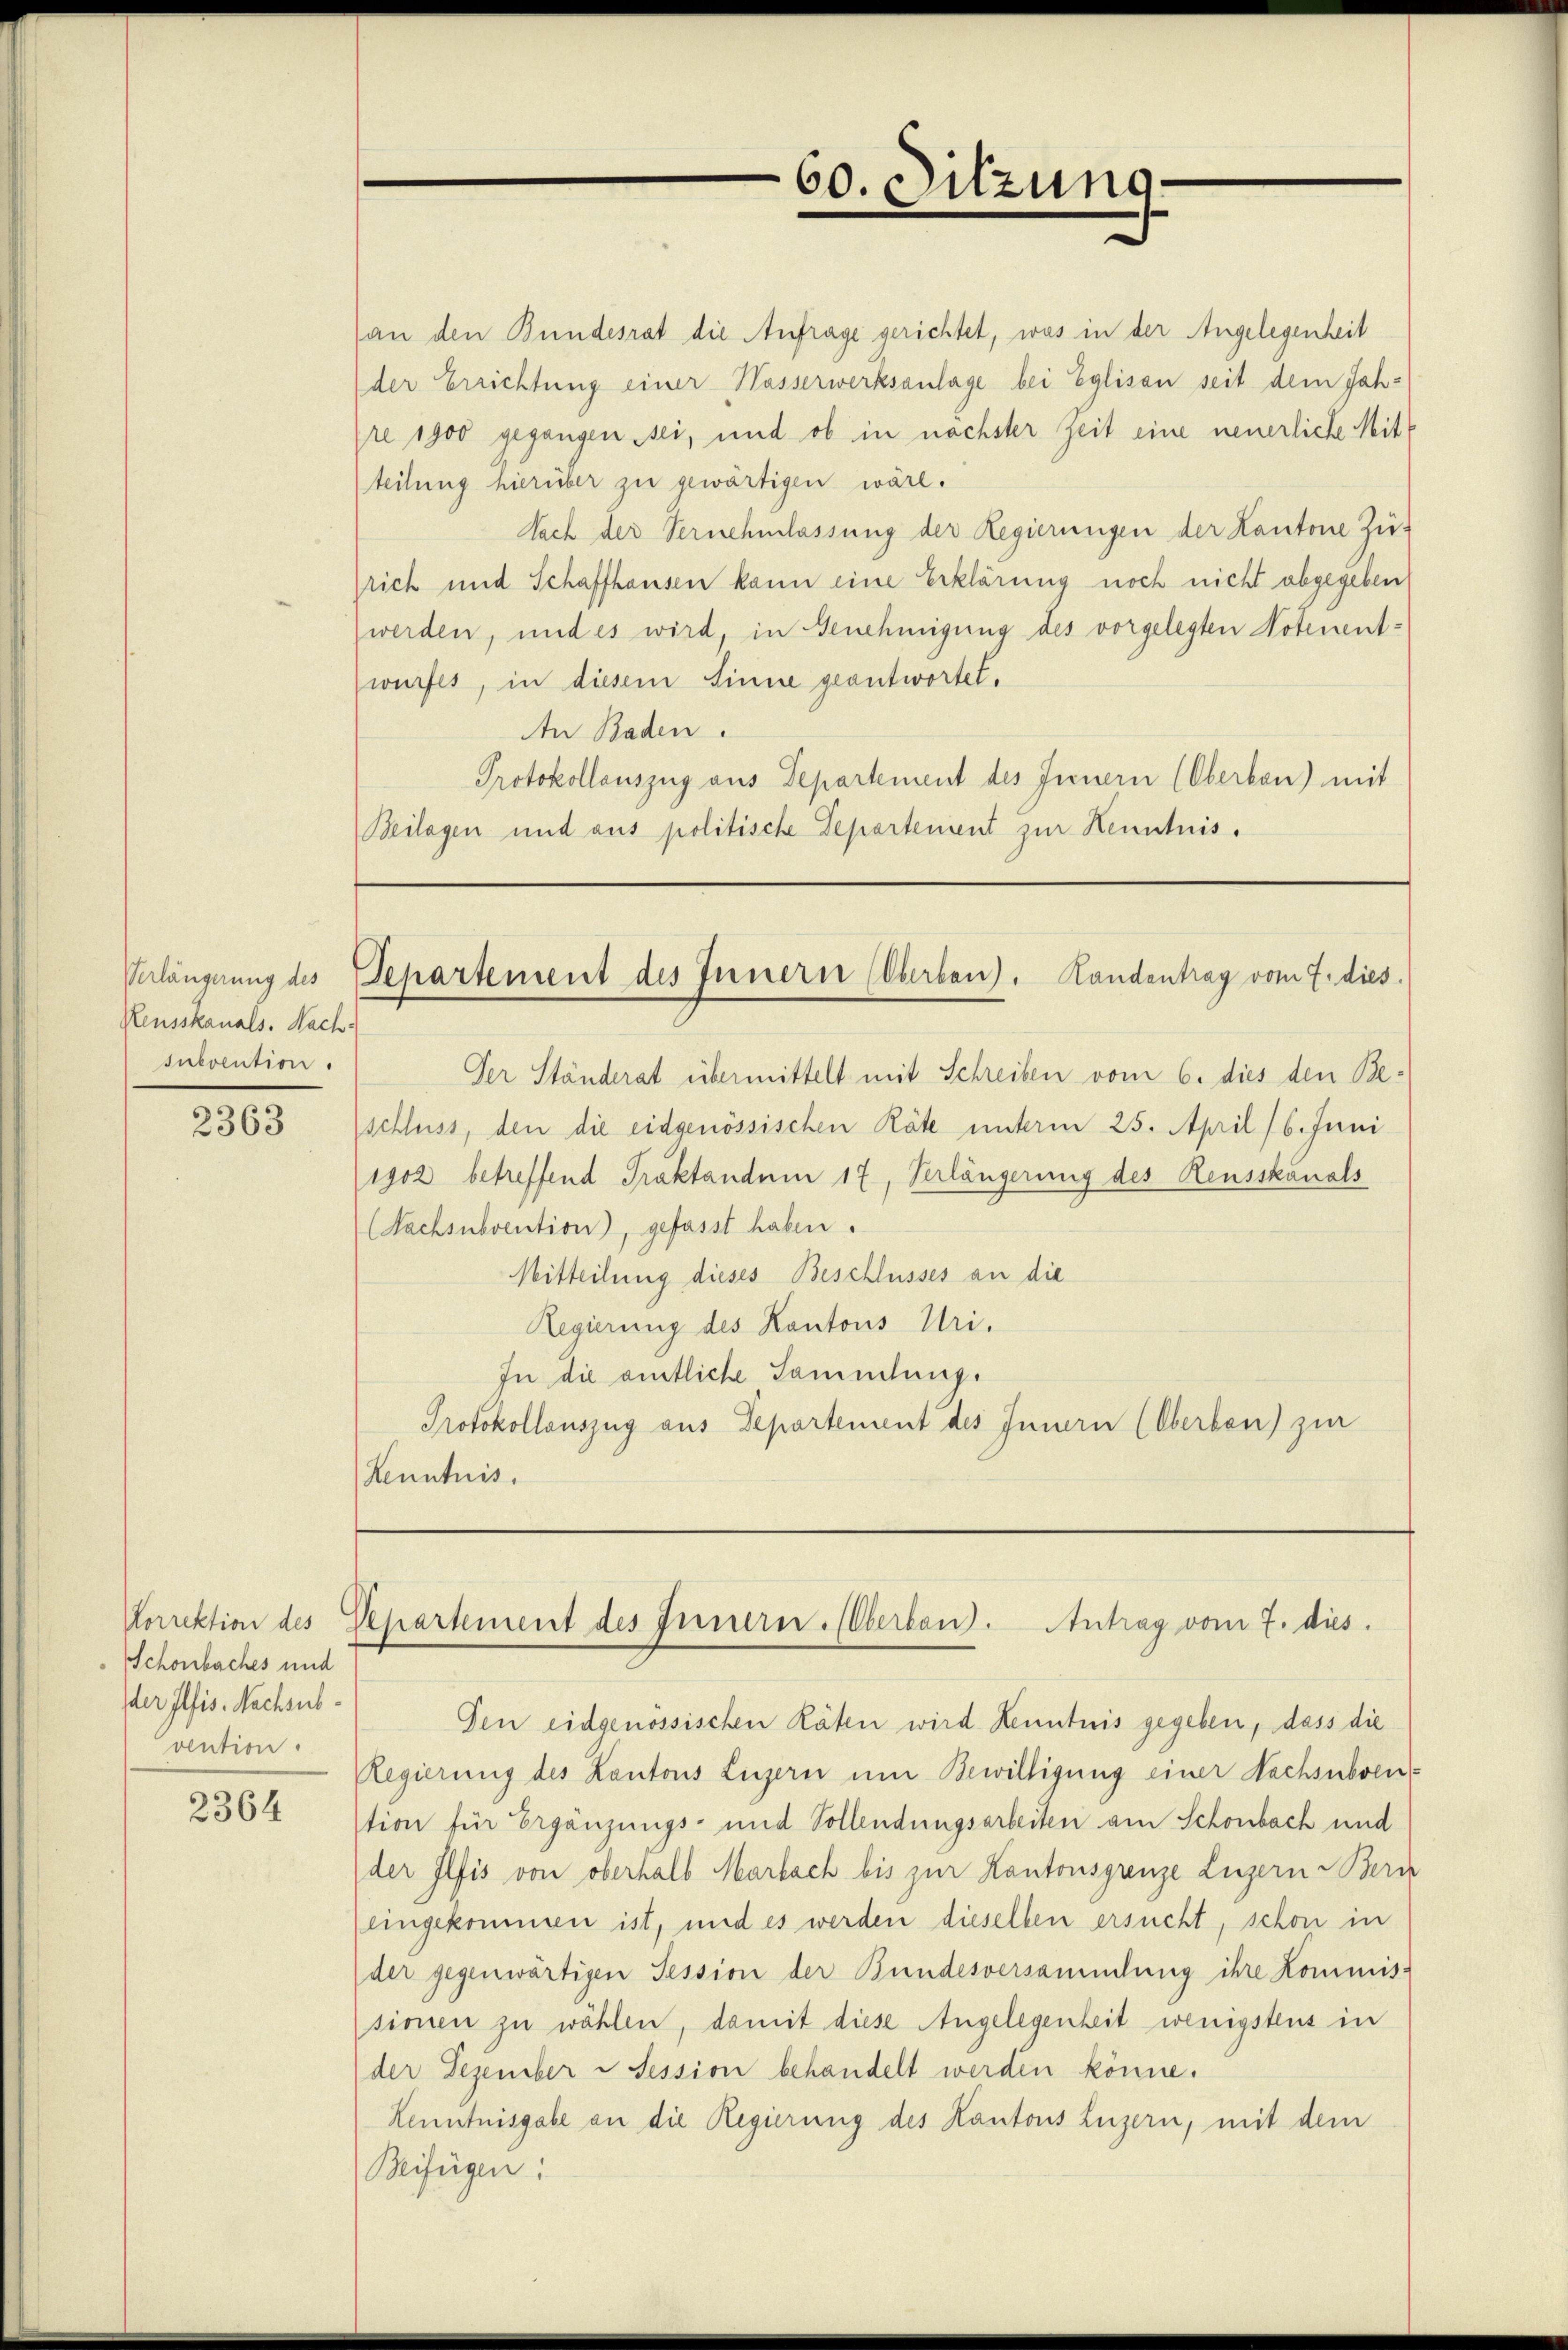
Verlängerung des
Reusskanals. Nach
subvention.

2363

Schönbaches und
der Ilfis. Nachsubvention.

2364

(an den Bundesrat die Anfrage gerichtet, was in der Angelegenheit
der Errichtung einer Wasserwerksanlage bei Eglisau seit dem Jahpre 1900 gegangen sei, und ob in nächster Zeit eine neuerliche Mitteilung hierüber zu gewärtigen wäre.
Nach der Vernehmlassung der Regierungen der Kantone Zu-
srich und Schaffhausen kann eine Erklärung noch nicht abgegeben
werden, und es wird, in Genehmigung des vorgelegten Notenentwurfes, in diesem Sinne geantwortet.
An Baden.
Protokollauszug aus Departement des Innern (Oberbau) mit
Beilagen und aus politische Departenient zur Kenntnis.

Der Ständerat übermittelt mit Schreiben vom 6. dies den Be-
schluss, den die eidgenössischen Räte unterm 25. April /6. Juni
1902 betreffend Praktanden 17, Verlängerung des Reusskanals
(Nachsubvention), gefasst haben.
Mitteilung dieses Beschlusses an die
Regierung des Kantons Uri.
In die amtliche Sammlung.
Protokollauszug aus Departement des Innern (Oberben) zur
Kenntnis.

Den eidgenössischen Räten wird Kenntnis gegeben, dass die
Regierung des Kantons Luzern um Bewilligung einer Nachsubvenstion für Ergänzungs- und Vollendungsarbeiten am Schönbach und
der Ilfis von oberhalb Marbach bis zur Kantonsgrenze Luzern Bern
eingekommen ist, und es werden dieselben ersucht, schon in
der gegenwärtigen Session der Bundesversammlung ihre Kommis-
sionen zu wählen, damit diese Angelegenheit wenigstens in
der Dezember - Session behandelt werden könne.
Kenntnisgabe an die Regierung des Kantons Luzern, mit dem
Beifügen:

60. Sitzung

Separtement des Innern (Oberben). Handentrag vom 7. dies

Korrektion des Departement des Innern. Oberbaus. Antrag vom 7. dies